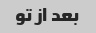
بعد از تو